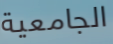
الجامعية